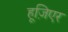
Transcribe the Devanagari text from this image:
हूज़िएर